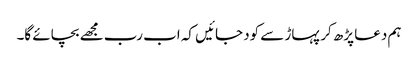
ہم دعا پڑھ کر پہاڑ سے کود جائیں کہ اب رب مجھے بچائے گا۔